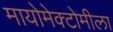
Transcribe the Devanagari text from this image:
मायोमेक्टोमीला